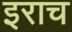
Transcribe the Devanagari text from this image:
इराच